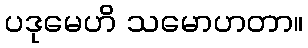
ပဒုမေဟိ သမောဟတာ။